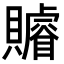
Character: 𧸩